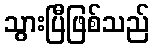
သွားပြီဖြစ်သည်